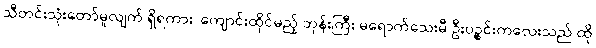
သီတင်းသုံးတော်မူလျက် ရှိရကား ၊ကျောင်းထိုင်မည့် ဘုန်းကြီး မရောက်သေးမီ ဦးပဉ္စင်းကလေးသည် ထို